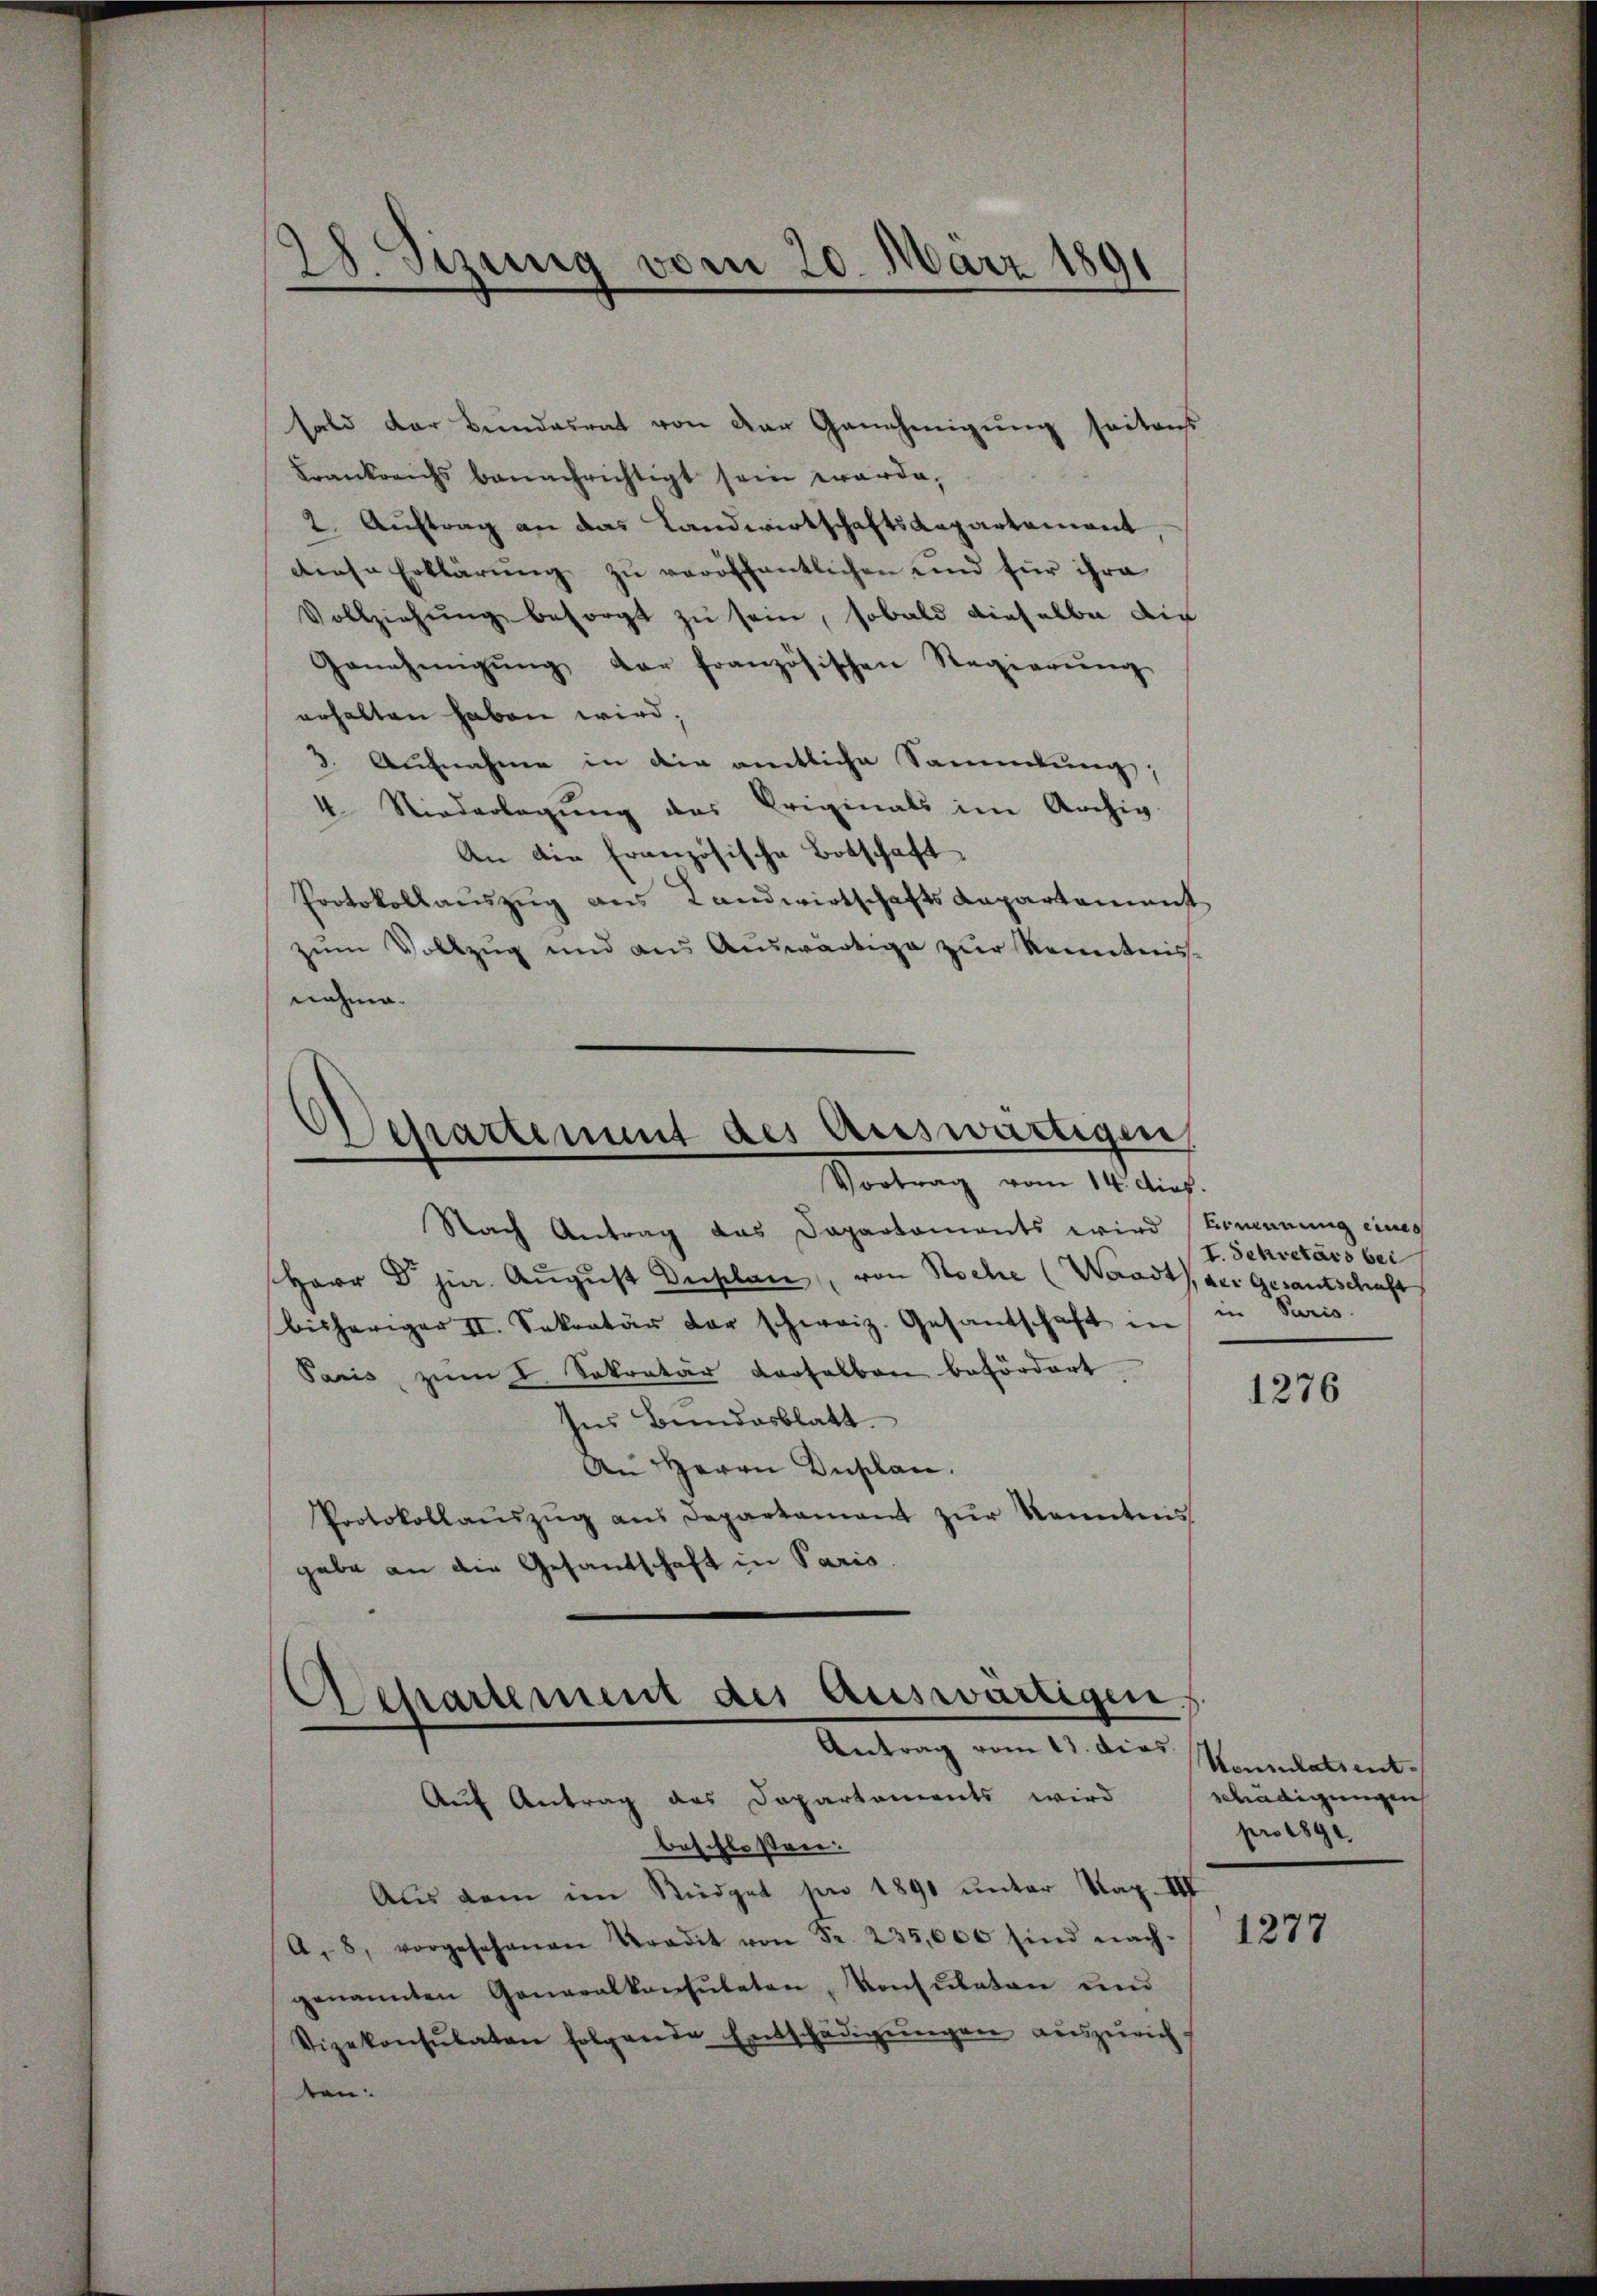
28. Sizung vom 20. März 1891

sald der Bundesrat von der Genehmigung seitens
Frankreichs benachrichtigt sein werde,
2. Auftrag an das Landwirtschaftsdepartement
diese Erklärŭng zŭ veröffentlichen und für ihre
Vollziehŭng besorgt zu sein, sobald dieselbe die
Genehmigŭng der französischen Regierŭng
erhalten haben wird;
3. Aufnahme in die amtliche Sammlung,
4. Niederlegung des Originals im Archiv
An die französische Botschaft
Protokollauszug aus Landwirtschafts Repartement
zŭm Vollzŭg und ans Auswärtige zŭr Kenntnis-
nahme.

Departement des Auswärtigen,
Vortrag vom 14. dies.

Aessartement des auswärtigen.
Antrag vom 13. dies Heimatsent.

Auf Antrag des Departements wird
beschlossen:
Aus dem im Südget pro 1890 unter Kap. III
A. 8, vorgesehenen Stradit von Fr. 235,000 sind nach-
genannten Generalkonsŭleten, Konsulaten und
Vizekonsulaten folgende Entschädigŭngen aŭszŭrich-
ten:

Nach Antrag das Dapartaments wird Brennung eines
Herr Dr. jur. Aŭgŭst Duplan, von Roche (Waadt, der Gesantschaft
bisheriger II. Sekretär der schweiz. Gesandschaft in in Paris.
Paris zŭm I. Sekretär verselben befördert.
Ins Bundesblatt.
An Herrn Kusclan.
Protokollaŭszŭg aŭs Departament zŭr Kenntnis
gabe an die Gesandschaft in Paris.

I. Sekretärs bei

1276

schädigungen
pro 1891

1277